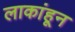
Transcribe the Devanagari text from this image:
लाकांहून